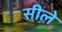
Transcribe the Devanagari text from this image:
सीले